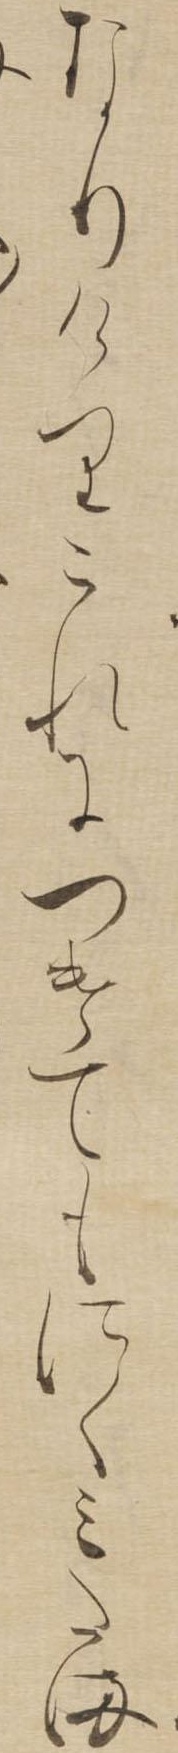
なりけりこれにつけてもにくみたま